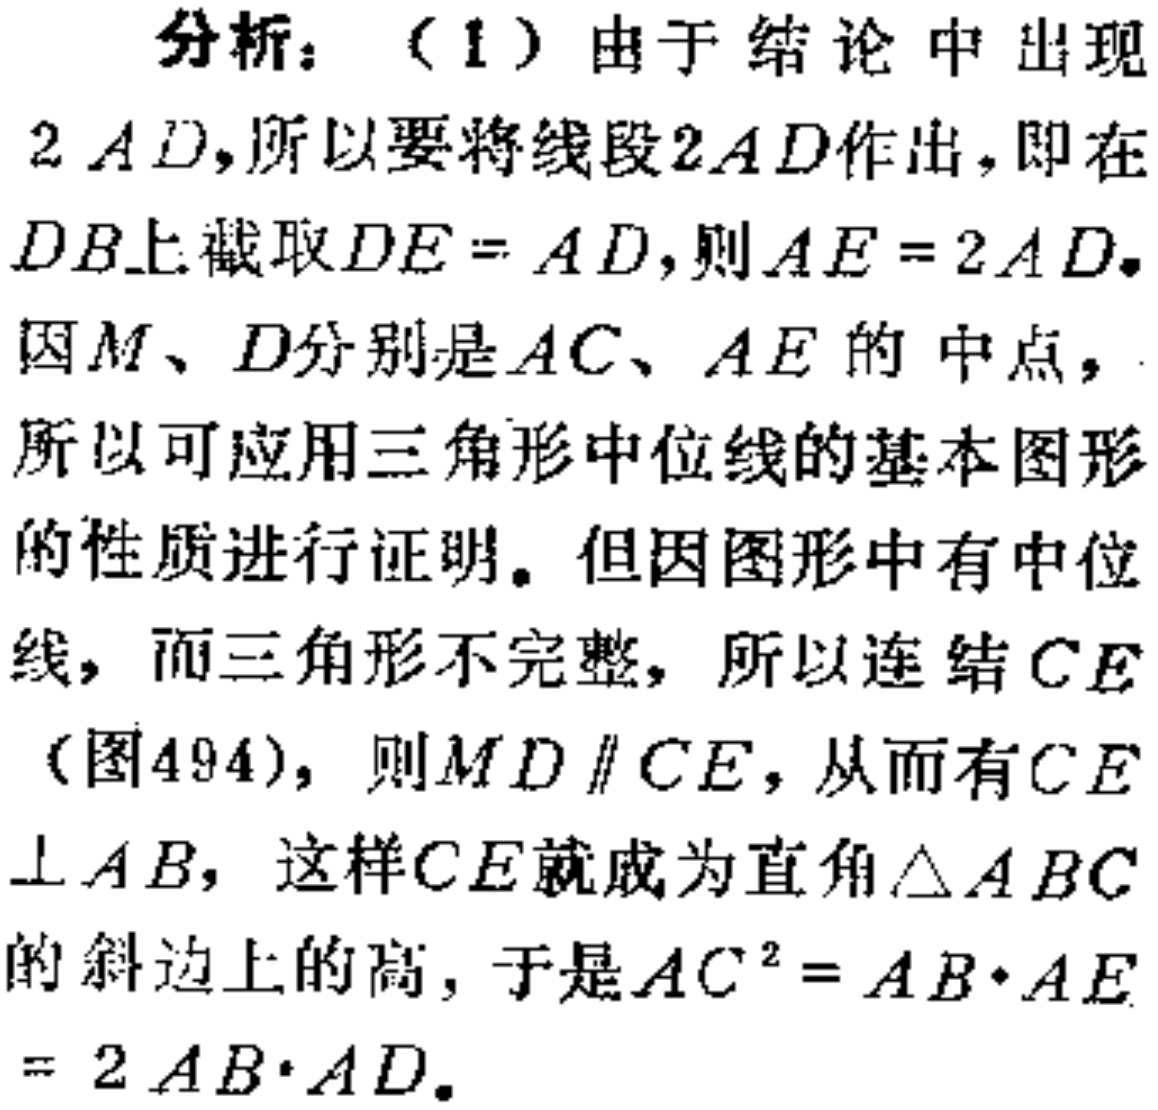
分析：（1）由于结论中出现
\(2AD\)，所以要将线段\(2AD\)作出，即在
\(DB\)上截取\(DE = AD\)，则\(AE = 2AD\)。
因\(M\)、\(D\)分别是\(AC\)、\(AE\)的中点，
所以可应用三角形中位线的基本图形
的性质进行证明。但因图形中有中位
线，而三角形不完整，所以连结\(CE\)
（图494），则\(MD\parallel CE\)，从而有\(CE\)
\(\perp AB\)，这样\(CE\)就成为直角\(\triangle ABC\)
的斜边上的高，于是\(AC^{2}=AB\cdot AE\)
\(= 2AB\cdot AD\)。